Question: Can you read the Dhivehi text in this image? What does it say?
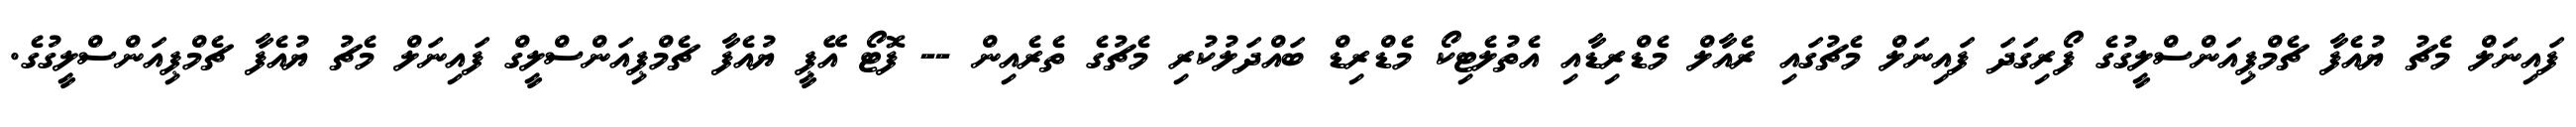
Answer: ފައިނަލް މެޗު ޔުއެފާ ޗެމްޕިއަންސްލީގުގެ ފޯރިގަދަ ފައިނަލް މެޗުގައި ރެއާލް މެޑްރިޑާއި އެތުލެޓިކޯ މެޑްރިޑް ބައްދަލުކުރި މެޗުގެ ތެރެއިން -- ފޮޓޯ އޭޕީ ޔުއެފާ ޗެމްޕިއަންސްލީގް ފައިނަލް މެޗު ޔުއެފާ ޗެމްޕިއަންސްލީގުގެ.